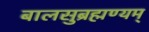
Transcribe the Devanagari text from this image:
बालसुब्रह्मण्यम्